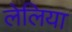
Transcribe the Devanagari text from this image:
लेलिया